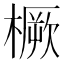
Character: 橛